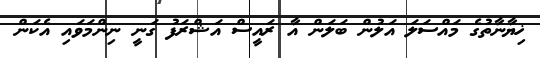
ޚިޔާނާތުގެ މައްސަލަ އަލުން ބަލަން އާ ރައީސް އަޝްރަފު ގަނީ ނިންމަވައި އެކަން